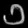
Digit: ၁